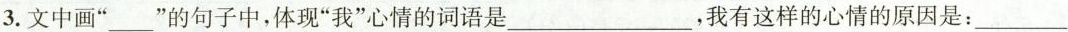
3.文中画”___”的句子中，体现”我”心情的词语是___ ，我有这样的心情的原因是：___